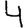
Digit: 4